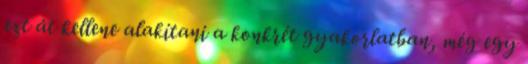
ezt át kellene alakítani a konkrét gyakorlatban, még egy